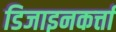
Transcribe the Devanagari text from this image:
डिजाइनकर्त्ता